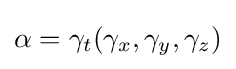
\alpha =\gamma _{t}(\gamma _{x},\gamma _{y},\gamma _{z})